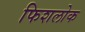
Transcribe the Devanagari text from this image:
फिशलोक